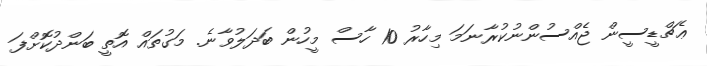
ޢެޗްޑީސީން ޖެއްސުންނުކުރާނަމަ މިހާރު 10 ހާސް މީހުން ބަދަލުވާނެ. މަގުތައް އޮޮތީ ބަންދުކޮށްފަ